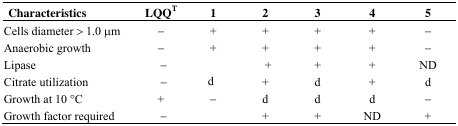
<table><thead><tr><td><b>Characteristics</b></td><td><b>LQQ<sup>T</sup></b></td><td><b>1</b></td><td><b>2</b></td><td><b>3</b></td><td><b>4</b></td><td><b>5</b></td></tr></thead><tbody><tr><td>Cells diameter &gt; 1.0 μm</td><td>−</td><td>+</td><td>+</td><td>+</td><td>+</td><td>−</td></tr><tr><td>Anaerobic growth</td><td>−</td><td>+</td><td>+</td><td>+</td><td>+</td><td>−</td></tr><tr><td>Lipase</td><td>−</td><td></td><td>+</td><td>+</td><td>+</td><td>ND</td></tr><tr><td>Citrate utilization</td><td>−</td><td>d</td><td>+</td><td>d</td><td>+</td><td>d</td></tr><tr><td>Growth at 10 °C</td><td>+</td><td>−</td><td>d</td><td>d</td><td>d</td><td>−</td></tr><tr><td>Growth factor required</td><td>−</td><td></td><td>+</td><td>+</td><td>ND</td><td>+</td></tr></tbody></table>